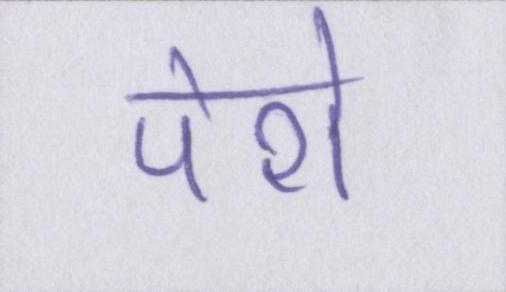
पेशे